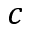
c